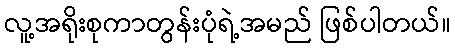
လူ့အရိုးစုကာတွန်းပုံရဲ့အမည် ဖြစ်ပါတယ်။